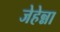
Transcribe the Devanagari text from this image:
जेहेन्ना